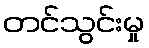
တင်သွင်းမှု